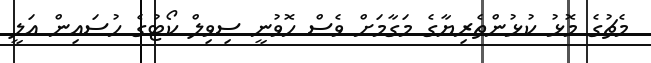
މެޗުގެ މޮޅު ކުޅުންތެރިޔާގެ މަގާމަށް ވެސް ހޮވުނީ ސިވިލް ކޯޓުގެ ހުސައިން އަލީ